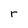
Character: r